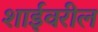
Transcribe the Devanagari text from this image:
शाईवरील